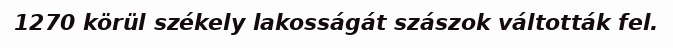
1270 körül székely lakosságát szászok váltották fel.